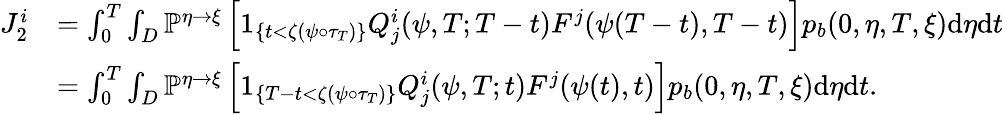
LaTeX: \begin{array}{rl}{J_{2}^{i}}&{=\int_{0}^{T}\int_{D}\mathbb{P}^{\eta\rightarrow\xi}\left[1_{\{ t<\zeta(\psi\circ\tau_{T})\} }Q_{j}^{i}(\psi,T;T-t)F^{j}(\psi(T-t),T-t)\right]p_{b}(0,\eta,T,\xi)\mathrm{d}\eta\mathrm{d}t}\\ &{=\int_{0}^{T}\int_{D}\mathbb{P}^{\eta\rightarrow\xi}\left[1_{\{ T-t<\zeta(\psi\circ\tau_{T})\} }Q_{j}^{i}(\psi,T;t)F^{j}(\psi(t),t)\right]p_{b}(0,\eta,T,\xi)\mathrm{d}\eta\mathrm{d}t.}\end{array}